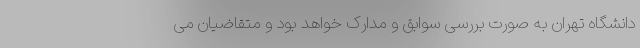
دانشگاه تهران به صورت بررسی سوابق و مدارک خواهد بود و متقاضیان می